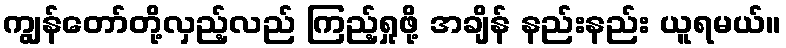
ကျွန်တော်တို့လှည့်လည် ကြည့်ရှုဖို့ အချိန် နည်းနည်း ယူရမယ်။